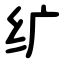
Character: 纩